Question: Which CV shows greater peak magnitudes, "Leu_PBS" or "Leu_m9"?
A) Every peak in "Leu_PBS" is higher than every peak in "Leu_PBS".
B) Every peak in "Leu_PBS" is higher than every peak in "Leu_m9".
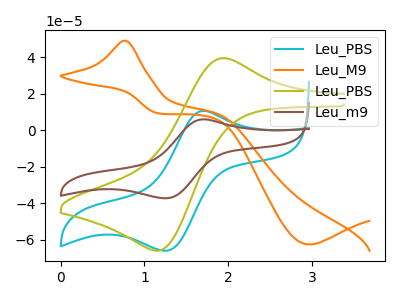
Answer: <think>The cyan curve "Leu_PBS" has an anodic peak at (1.70V, 10.65uA) and a cathodic peak at (1.25V, -65.95uA). The orange curve "Leu_M9" has an anodic peak at (0.75V, 49.05uA) and a cathodic peak at (2.95V, -62.55uA). The olive curve "Leu_PBS" has an anodic peak at (1.90V, 39.40uA) and a cathodic peak at (1.15V, -66.00uA). The brown curve "Leu_m9" has an anodic peak at (1.70V, 6.00uA) and a cathodic peak at (1.25V, -37.20uA).</think>
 <answer>B) Every peak in "Leu_PBS" is higher than every peak in "Leu_m9".</answer>
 <eval>B</eval>